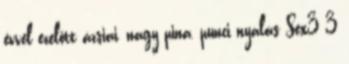
évvel ezelőtt ázsiai, nagy pina, punci nyalás Sex3 3